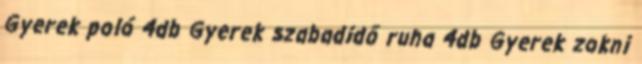
Gyerek poló 4db Gyerek szabadidő ruha 4db Gyerek zokni